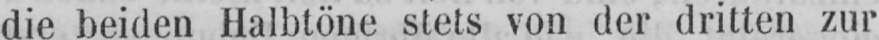
die beiden Halbtöne stets von der dritten zur